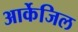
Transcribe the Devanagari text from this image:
आर्केजिल